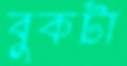
বুকটা